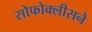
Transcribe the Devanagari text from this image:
सोफोक्लीसने